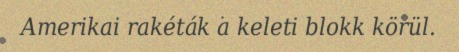
Amerikai rakéták a keleti blokk körül.